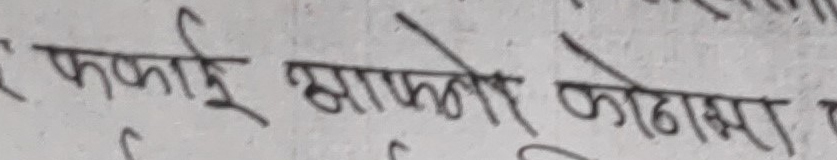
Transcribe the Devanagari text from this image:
र फकाई साफलोश कोठामा र